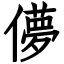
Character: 儚